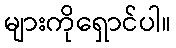
များကိုရှောင်ပါ။